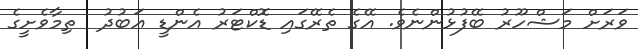
ވަރަށް މަޝްހޫރު ބޭފުޅުންނެވެ. އޭގެ ތެރޭގައި ޑޮކްޓަރު އެންޑީ ޢަބުދު  ތިމާވެށީގެ